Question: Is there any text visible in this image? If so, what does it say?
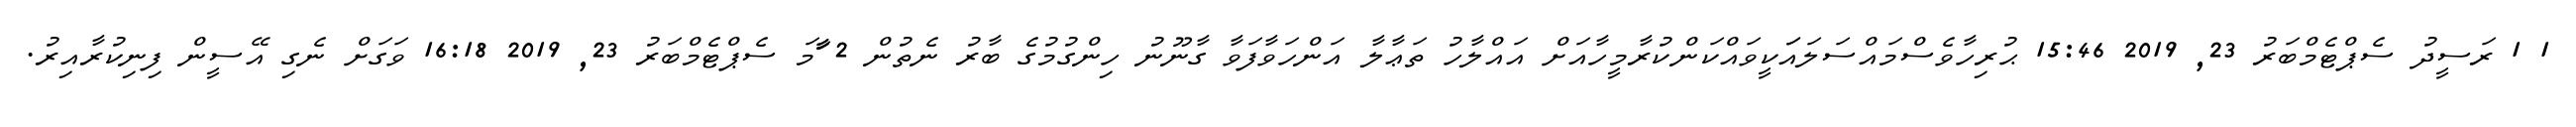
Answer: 1 1 ރަސީދު ސެޕްޓެމްބަރު 23, 2019 15:46 ޙުރިހާވެސްމައްސަލައަަކީވައްކަންކުރާމީހާއަށް އައްލާހު ތަޢާލާ އަންހަވާފަވާ ގާނޫނު ހިންގުމުގެ ބާރު ނެތުން 2 ާަާމަ ސެޕްޓެމްބަރު 23, 2019 16:18 ވަގަށް ނެގި އޭސީން ފިނިކުރާއިރު.